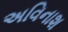
અવિનાશ